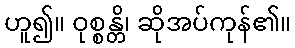
ဟူ၍။ ဝုစ္စန္တိ၊ ဆိုအပ်ကုန်၏။